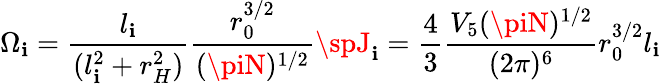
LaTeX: \Omega_{\mathbf{i}}=\frac{{l_{\mathbf{i}}}}{{(l_{\mathbf{i}}^{2}+r_{H}^{2})}}\frac{{r_{0}^{3/2}}}{{(\piN)^{1/2}}}\spJ_{\mathbf{i}}=\frac{{4}}{{3}}\frac{{V_{5}(\piN)^{1/2}}}{{(2\pi)^{6}}}r_{0}^{3/2}l_{\mathbf{i}}